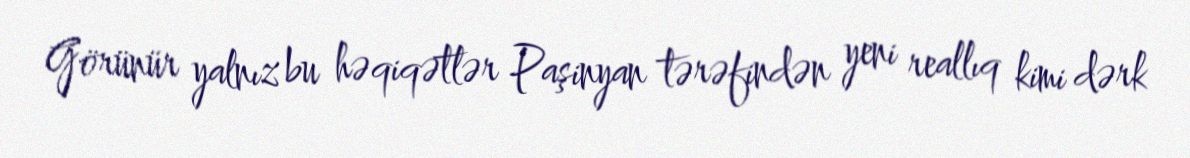
Görünür yalnız bu həqiqətlər Paşinyan tərəfindən yeni reallıq kimi dərk